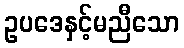
ဥပဒေနှင့်မညီသော